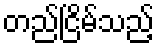
တည်ငြိမ်သည့်